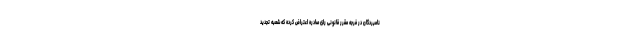
نامبردگان در فرجه مقرر قانونی رای صادره اعتراض کرده که شعبه تجدید